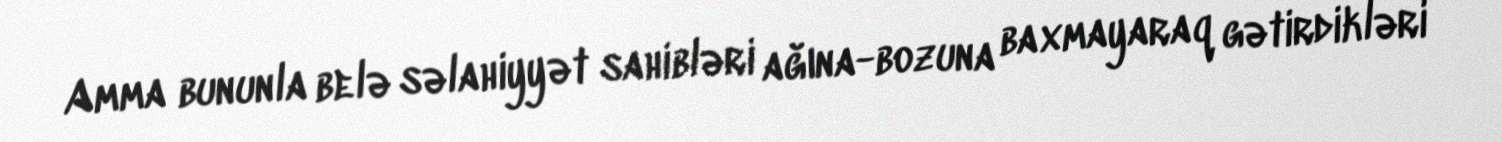
Amma bununla belə səlahiyyət sahibləri ağına-bozuna baxmayaraq gətirdikləri